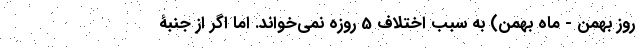
روز بهمن - ماه بهمن) به سبب اختلاف 5 روزه نمی‌خواند. اما اگر از جنبۀ